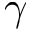
\gamma